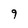
Character: 9